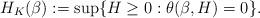
LaTeX: \begin{align*}H_K(\beta):=\sup\{H\geq 0: \theta(\beta,H)=0\}.\end{align*}